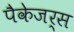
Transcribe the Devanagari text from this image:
पैकेजर्स